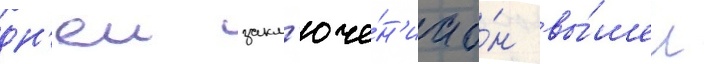
дн'еи закл'юче́н'иа о́н вы́шел